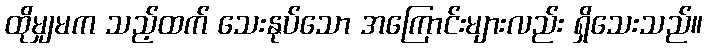
ထိုမျှမက သည့်ထက် သေးနုပ်သော အကြောင်းများလည်း ရှိသေးသည်။